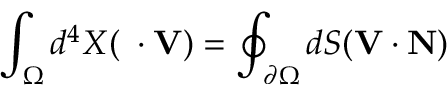
\int _ { \Omega } d ^ { 4 } X ( \mathbf { \partial } \cdot \mathbf { V } ) = \oint _ { \partial \Omega } d S ( \mathbf { V } \cdot \mathbf { N } )